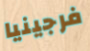
فرجينيا